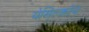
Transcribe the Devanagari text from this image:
येसिल्कोय